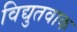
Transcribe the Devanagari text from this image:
विद्युतवाक